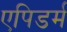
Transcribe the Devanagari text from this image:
एपिडर्म